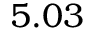
5 . 0 3